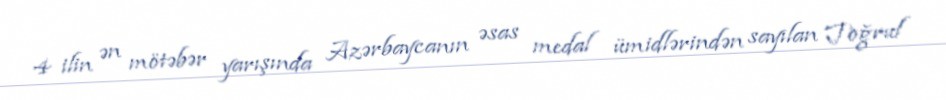
4 ilin ən mötəbər yarışında Azərbaycanın əsas medal ümidlərindən sayılan Toğrul